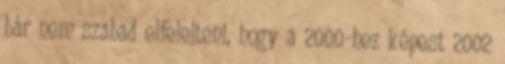
bár nem szabad elfelejteni, hogy a 2000-hez képest 2002